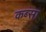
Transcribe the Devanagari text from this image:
कब्सा